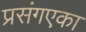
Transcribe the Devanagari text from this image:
प्रसंगएका